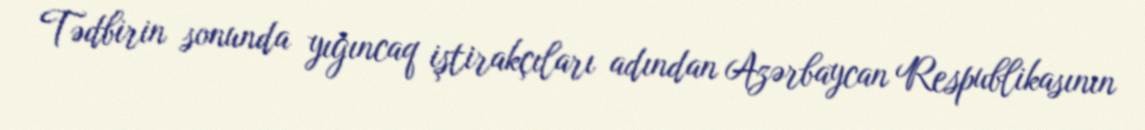
Tədbirin sonunda yığıncaq iştirakçıları adından Azərbaycan Respublikasının